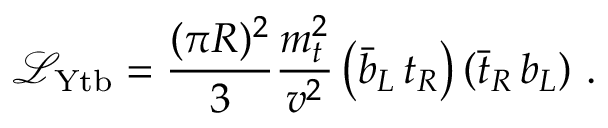
{ \mathcal { L } } _ { \mathrm { Y t b } } = \frac { ( \pi R ) ^ { 2 } } { 3 } \frac { m _ { t } ^ { 2 } } { v ^ { 2 } } \left( \bar { b } _ { L } \, t _ { R } \right) \left( \bar { t } _ { R } \, b _ { L } \right) \, .